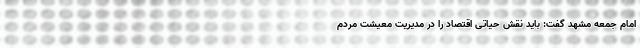
امام جمعه مشهد گفت: باید نقش حیاتی اقتصاد را در مدیریت معیشت مردم